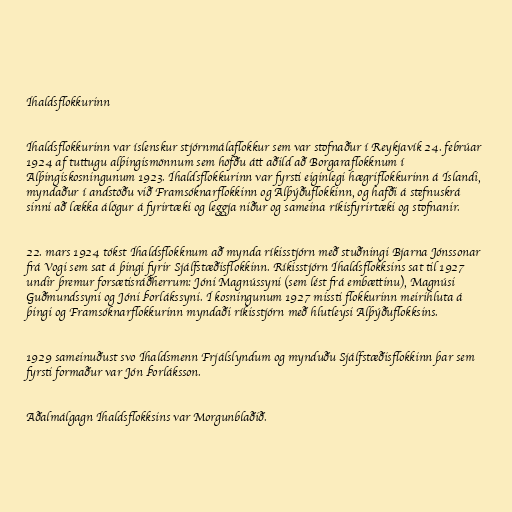
Íhaldsflokkurinn

Íhaldsflokkurinn var íslenskur stjórnmálaflokkur sem var stofnaður í Reykjavík 24. febrúar
1924 af tuttugu alþingismönnum sem höfðu átt aðild að Borgaraflokknum í
Alþingiskosningunum 1923. Íhaldsflokkurinn var fyrsti eiginlegi hægriflokkurinn á Íslandi,
myndaður í andstöðu við Framsóknarflokkinn og Alþýðuflokkinn, og hafði á stefnuskrá
sinni að lækka álögur á fyrirtæki og leggja niður og sameina ríkisfyrirtæki og stofnanir.

22. mars 1924 tókst Íhaldsflokknum að mynda ríkisstjórn með stuðningi Bjarna Jónssonar
frá Vogi sem sat á þingi fyrir Sjálfstæðisflokkinn. Ríkisstjórn Íhaldsflokksins sat til 1927
undir þremur forsætisráðherrum: Jóni Magnússyni (sem lést frá embættinu), Magnúsi
Guðmundssyni og Jóni Þorlákssyni. Í kosningunum 1927 missti flokkurinn meirihluta á
þingi og Framsóknarflokkurinn myndaði ríkisstjórn með hlutleysi Alþýðuflokksins.

1929 sameinuðust svo Íhaldsmenn Frjálslyndum og mynduðu Sjálfstæðisflokkinn þar sem
fyrsti formaður var Jón Þorláksson.

Aðalmálgagn Íhaldsflokksins var Morgunblaðið.